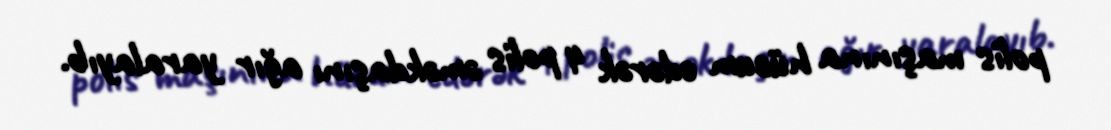
polis maşınına hücum edərək 4 polis əməkdaşını ağır yaralayıb.